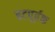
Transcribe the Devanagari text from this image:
हटपूर्वक